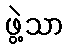
ဖွဲ့သာ